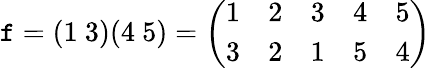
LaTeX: \mathtt{f}=(1\ 3)(4\ 5)={\left(\begin{array}{lllll}{1}&{2}&{3}&{4}&{5}\\ {3}&{2}&{1}&{5}&{4}\end{array}\right)}